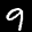
Label: 9